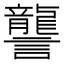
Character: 讋